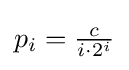
p_{i}={\tfrac {c}{i\cdot 2^{i}}}